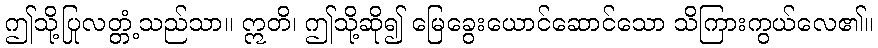
ဤသို့ပြုလတ္တံ့သည်သာ။ ဣတိ၊ ဤသို့ဆို၍ မြေခွေးယောင်ဆောင်သော သိကြားကွယ်လေ၏။